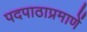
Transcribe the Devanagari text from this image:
पदपाठाप्रमाणें